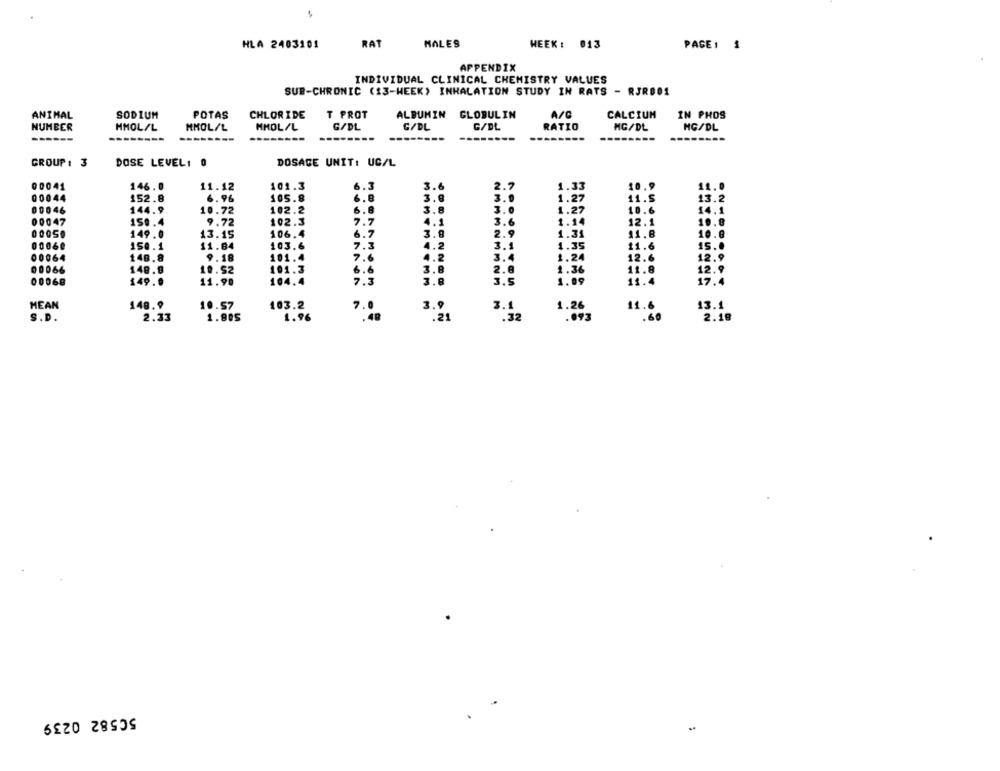
HLA 2403101
RAT
MALES
WEEK : 013
PAGE: S
APPENDIX
INDIVIDUAL CLINICAL CHEMISTRY VALUES
SUB-CHRONIC (13-WEEK) INHALATION STUDY IN RATS - RJRD01
ANIMAL
SODIUM
POTAS
CHLOR IDE
T PROT
ALBUMIN GLOBULIN
A/C
CALCIUM
IN PHOS
NUMBER
HMOL/L
MMOL/L
MMOL/L
G/DL
C/DL
G/DL
RATIO
MG/DL
MG/DL
GROUP : 3
DOSE LEVEL1 0
DOSAGE UNIT: UC/L
146.0
11.12
101.3
6.3
3.6
2
1.33
10.9
11.0
00041
00044
152.8
6.96
105.8
6.8
3.0
3.
11.5
13.2
102.2
6.8
3.8
3.0
00046
144.9
10.72
10.6
14.1
00047
150.4
9.72
102.3
7.7
3.
6
1.14
12.1
10.8
1.9
00059
149.0
13.15
106.4
6.7
3.0
1.31
11.8
10.0
00060
150.1
11.84
103.6
7.3
4.2
1.35
11.6
15. .
00064
148.8
9.18
101.4
7.6
1.2
3
1.24
12.6
12.9
00066
148.9
10.52
101.3
6.6
3.8
2.8
1.36
11.8
12.9
00068
149.9
11.90
104.4
7.3
3.8
3.5
1.09
11.4
17.4
MEAN
149.9
10.57
103.2
7.0
1.26
11.6
13.1
S.D.
2.33
1.805
.48
3.9
.21
3.1
.60
2.18
1.96
50582 0239